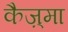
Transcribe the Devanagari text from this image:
कैज़्मा